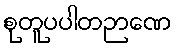
စုတူပပါတဉာဏေ